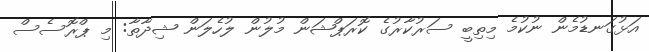
އަޅުގަނޑުމެން ނުކުމެ މިތިބީ ސަރުކާރުގެ ކޮރަޕްޝަން މުލުން ލުހެލަން ޝިދާތާ: މި ޕްރޮސެސް